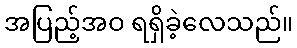
အပြည့်အဝ ရရှိခဲ့လေသည်။